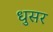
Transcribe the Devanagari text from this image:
धुसर